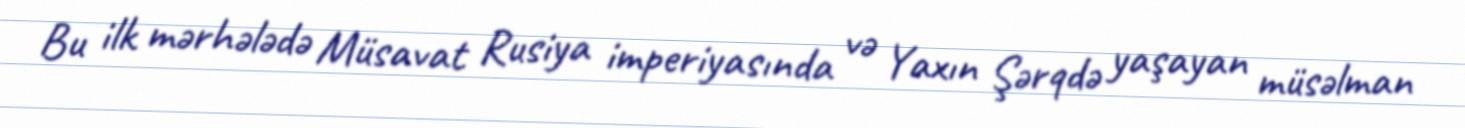
Bu ilk mərhələdə Müsavat Rusiya imperiyasında və Yaxın Şərqdə yaşayan müsəlman